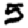
Digit: 5